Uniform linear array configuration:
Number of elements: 16
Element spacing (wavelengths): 1
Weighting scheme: cosine
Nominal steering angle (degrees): -30
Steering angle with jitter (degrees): -30.28
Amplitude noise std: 0.05
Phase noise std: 0.05

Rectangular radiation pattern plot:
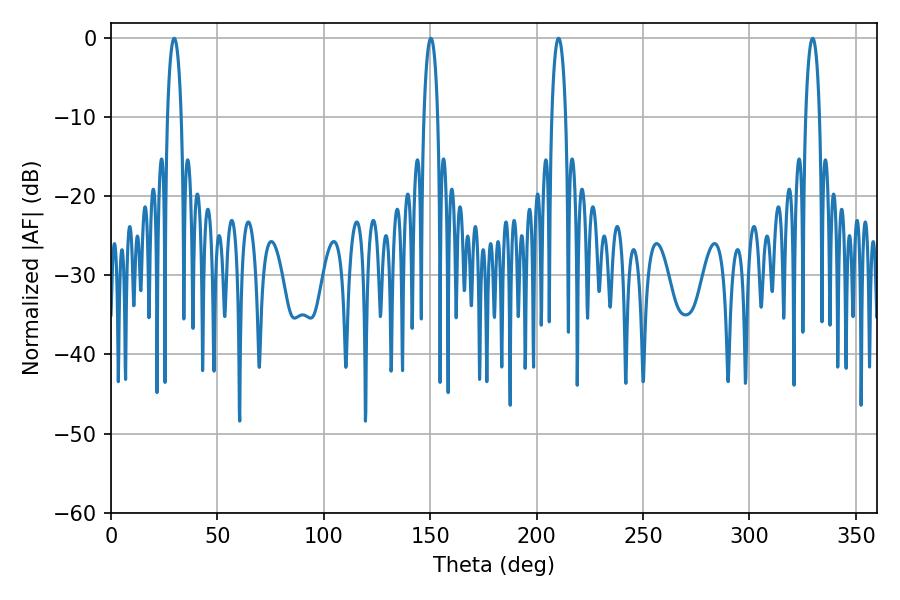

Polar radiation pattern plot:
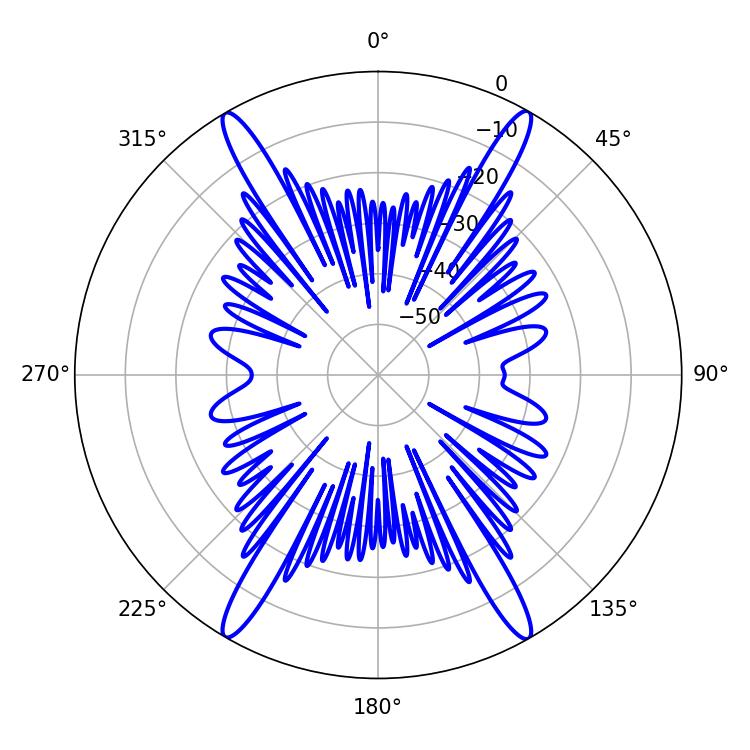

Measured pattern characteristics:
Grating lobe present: TRUE
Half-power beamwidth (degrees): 3.6
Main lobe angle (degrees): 29.7